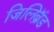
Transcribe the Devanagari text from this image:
जिलिब्रॅंड